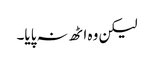
لیکن وہ اٹھ نہ پایا۔